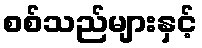
စစ်သည်များနှင့်